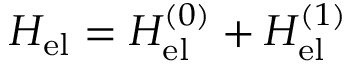
H _ { \mathrm { e l } } = H _ { \mathrm { e l } } ^ { ( 0 ) } + H _ { \mathrm { e l } } ^ { ( 1 ) }